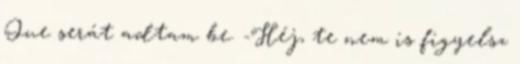
Que serát adtam be. -Héj, te nem is figyelsz